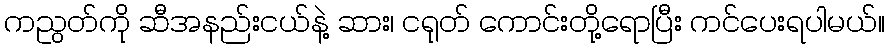
ကညွတ်ကို ဆီအနည်းငယ်နဲ့ ဆား၊ ငရုတ် ကောင်းတို့ရောပြီး ကင်ပေးရပါမယ်။